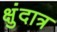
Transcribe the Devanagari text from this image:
क्षुंदात्र